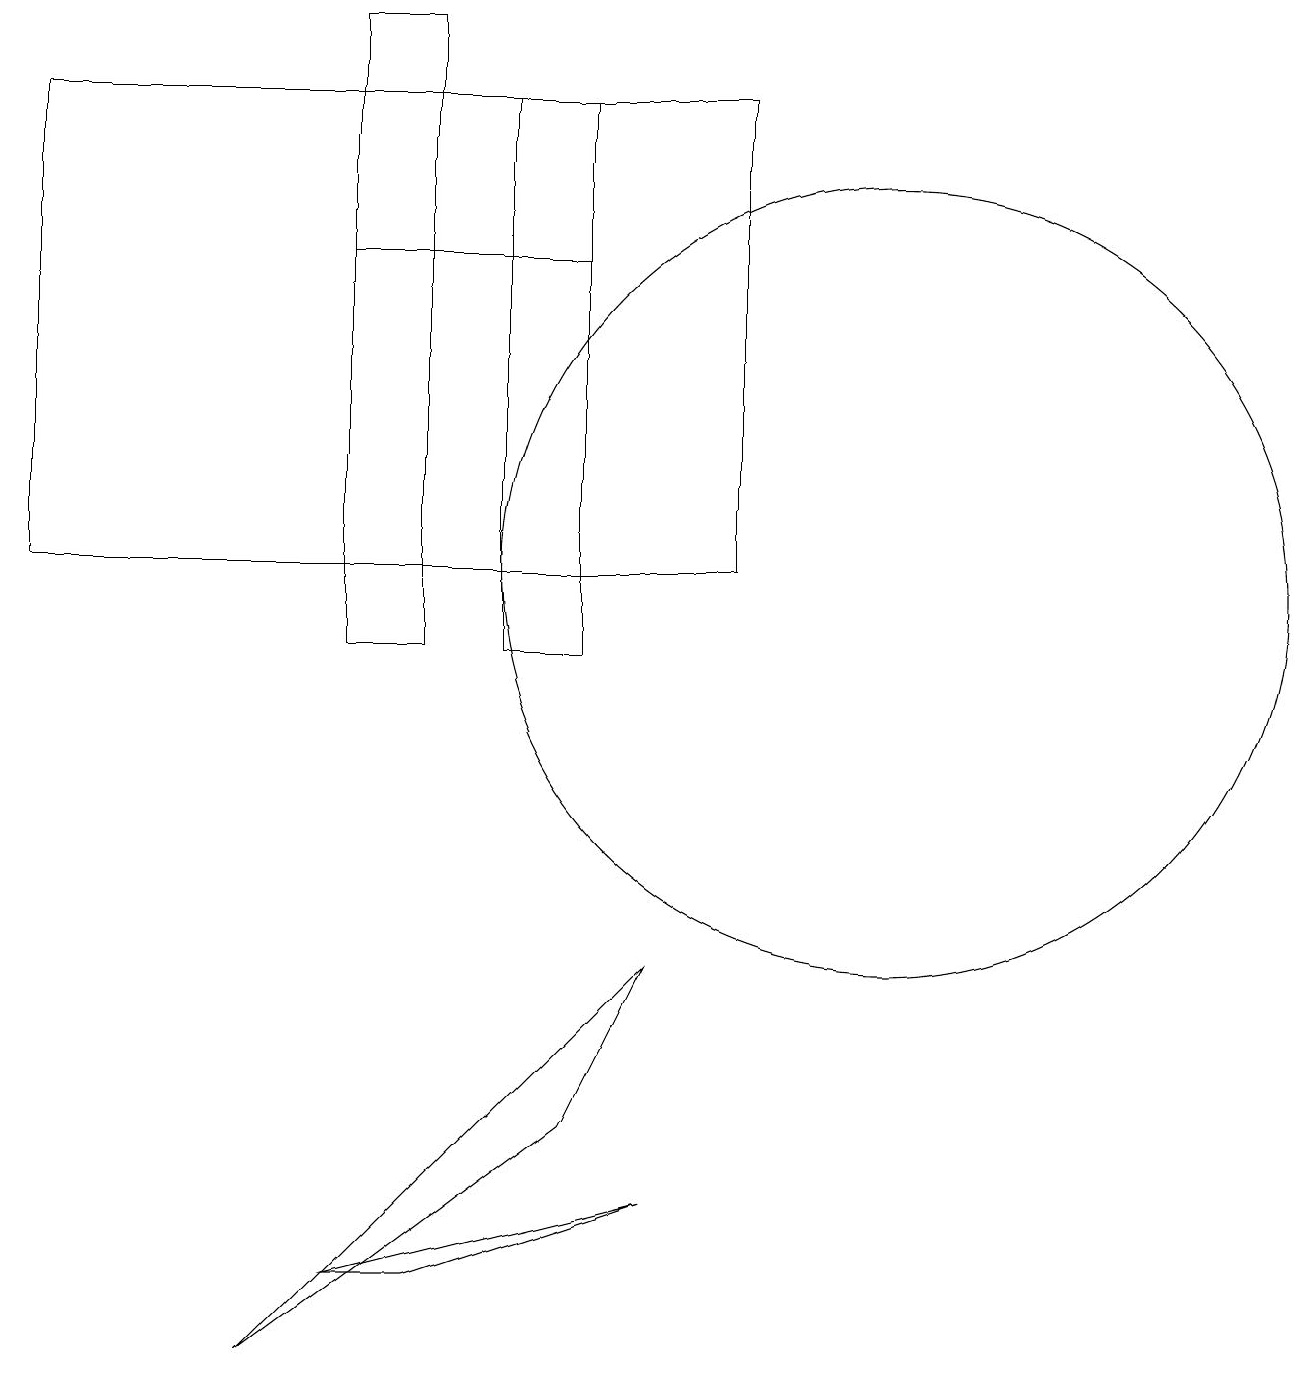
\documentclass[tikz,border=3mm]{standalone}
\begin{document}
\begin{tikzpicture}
\draw (7,10) rectangle (6,17);
\draw (11,11) circle (5);
\draw (7,15) rectangle (4,15);
\draw (3,11) rectangle (5,11);
\draw (4,2) -- (8,3) -- (5,2) -- cycle;
\draw (0,11) rectangle (9,17);
\draw (7,4) -- (8,6) -- (3,1) -- cycle;
\draw (4,18) rectangle (5,10);
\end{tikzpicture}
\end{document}